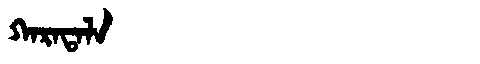
Manchu: ᡴᠠᡵᠠᡨᠠᠯᠠ
Romanization: KARATALA